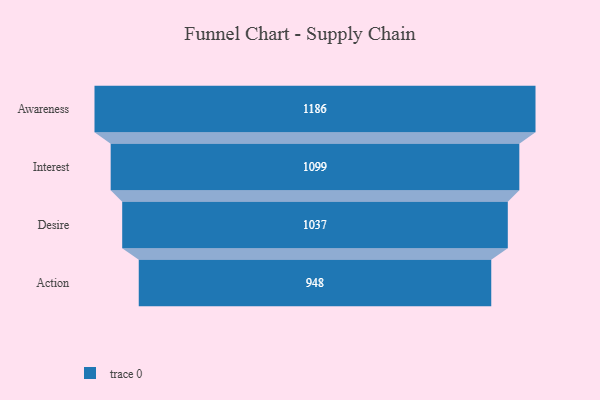
{"axis": {"x": "Stage", "y": "Value"}, "legend": [""], "data": [{"x": "Awareness", "y": 1186.0, "type": ""}, {"x": "Interest", "y": 1099.0, "type": ""}, {"x": "Desire", "y": 1037.0, "type": ""}, {"x": "Action", "y": 948.0, "type": ""}]}